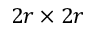
2 r \times 2 r